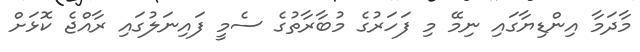
މާދަމާ އިންޑިޔާގައި ނިމޭ މި ފަހަރުގެ މުބާރާތުގެ ސެމީ ފައިނަލުގައި ރާއްޖެ ކޮޅަށް